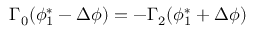
\Gamma _ { 0 } ( \phi _ { 1 } ^ { * } - \Delta \phi ) = - \Gamma _ { 2 } ( \phi _ { 1 } ^ { * } + \Delta \phi )